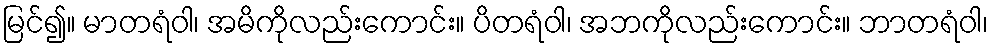
မြင်၍။ မာတရံဝါ၊ အမိကိုလည်းကောင်း။ ပိတရံဝါ၊ အဘကိုလည်းကောင်း။ ဘာတရံဝါ၊